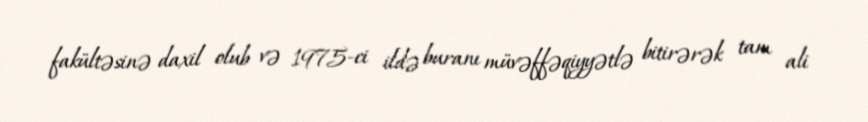
fakültəsinə daxil olub və 1975-ci ildə buranı müvəffəqiyyətlə bitirərək tam ali